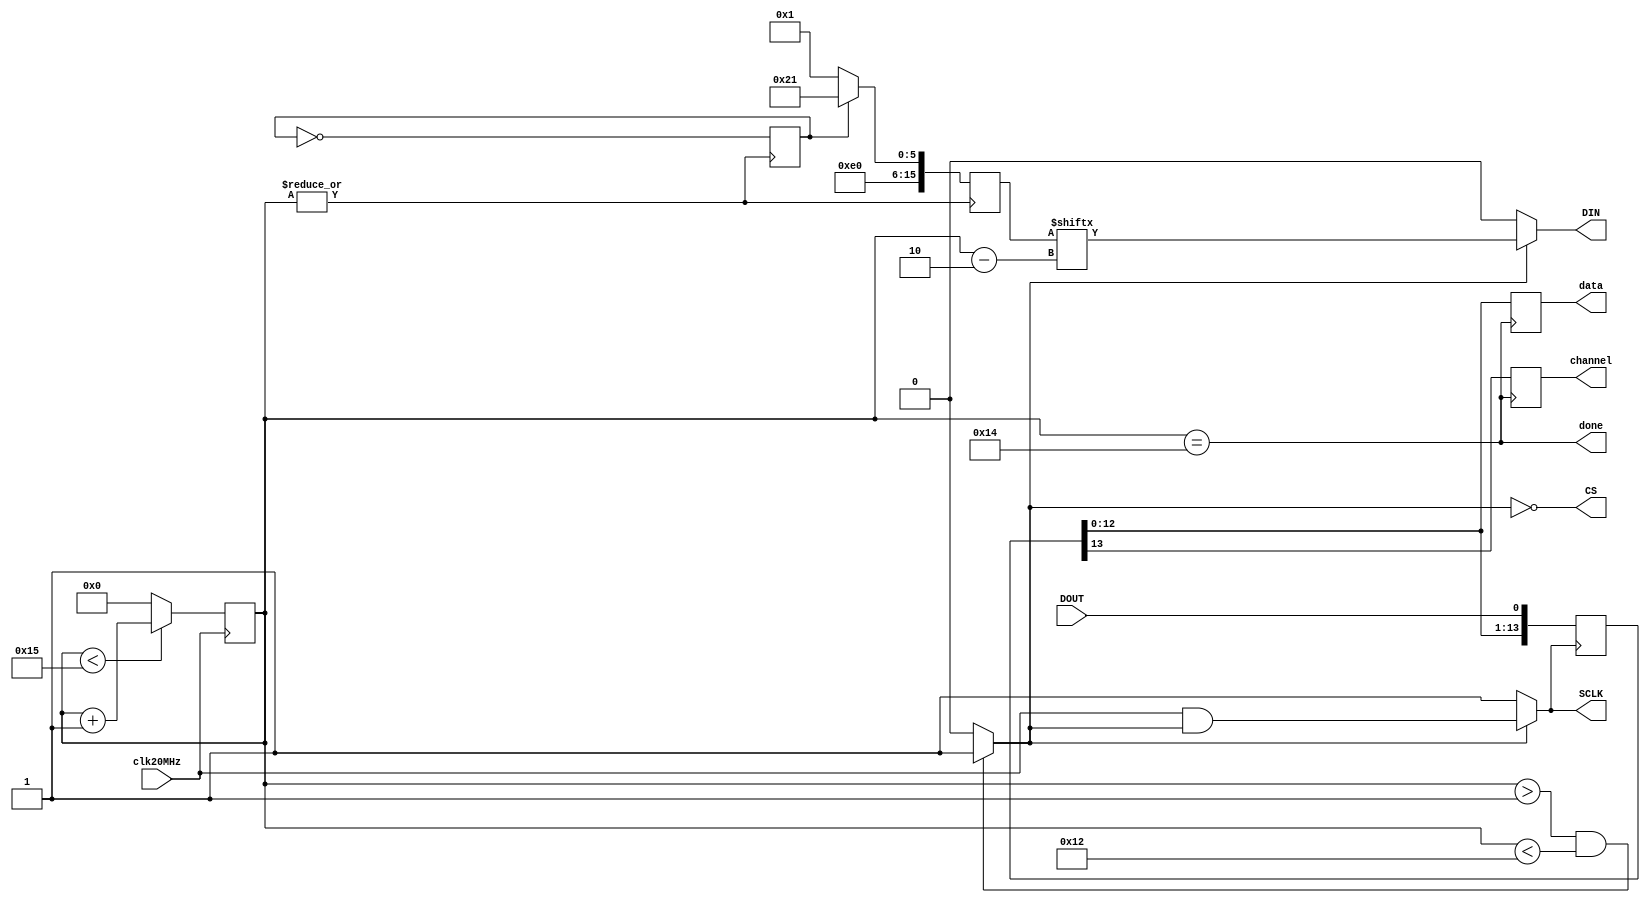
//---------------------------- ADC AD7322-------------------------------//
//    done=1 means convesion is done;												//
//    data & channel appear @posedge done											//
//    standby=0 means conversion of ch0 (voltage) & ch2  (current) 		//
//           =1 means conversion of ch1 (phase_adj) & ch3 (power_adj)	//
//    data = ch0 when channel= 2'b00 												//
//    data = ch1 when channel= 2'b01     											//    
//    data = ch2 when channel= 2'b10												//
//    data = ch3 when channel= 2'b11 												//
//    ch0 & ch1 data update at negedge of clk325kHz=channel[1]   			//
//    ch2 & ch3 data update at posedge of clk325kHz=channel[1]    		//

module AD7322(data, channel, done, CS ,SCLK ,DIN ,DOUT,clk20MHz);
output signed [12:0] data;
output channel;
output CS,SCLK,DIN,done;
input	 DOUT, clk20MHz;

//  count = 0, 1, 2,..., 19, 20, 0, 1, 2,...
//  Throughput rate = 20MHz/21 = 952.4 kHz
reg [4:0] count=5'd0; 
always @(posedge clk20MHz)
  begin
    if (count<21)
	    count <= count+1'b1;
	 else
	    count <= 1'b0;
  end

wire SCLK, dataReady, CS;
// dataReady= high when count = 2, 3, 4,..., 16, 17
assign dataReady=((count>1)&&(count<18))? 1'b1:1'b0;
// SCLK=clk20MHz (totally 16 pulses) when dataReady= high.
assign SCLK=(dataReady)?(clk20MHz & dataReady):1'b1; 
// CS= low when count = 2, 3, 4,..., 16, 17
assign CS=~dataReady;


//---------------- A Write to the Control Register in Each Cycle of Conversion --------------------//
//       Set the next channel for conversion: ch0 & ch2 when standby=0; ch1 & ch3 when standby=1   //
//       Other settings: single-ended inputs, normal power mode without power saving, 					//
//                       2's complement coding, internal reference, no sequencer operation. 			// 
//       Note: Default input range of +-10V, no setting of the range register is required.         //
//             -10V to 10V = -2048 to 2047 (totally 12 bits, in 2's complement coding)             //
wire start;
assign start=~|count; 	// start=1 when count=0 at the beginning of each 649kHz cycle
reg cnt;
always @(posedge start) begin
    cnt <= ~cnt;
end
reg [15:0]	configADC; 	
always @(negedge start) begin
// Flip {5'b10000,standby,10'b0000011100} from left to right;
// 16'b1000010000011100 ch1 (phase_set) when standby=1;16'b1000000000011100 ch0 (voltage) when standby=0;
// Flip {5'b10001,standby,10'b0000011100} from left to right;
// 16'b1000110000011100 ch3 (power_set) when standby=1;16'b1000100000011100 ch2 (current) when standby=0; 
	   configADC <= cnt? {10'b0011100000,1'b1,5'b00001}: {10'b0011100000,1'b0,5'b00001};
end
wire DIN;
assign DIN= dataReady? configADC[count-2'd2]:0;  //dataReady= high when count = 2, 3, 4,..., 16, 17 

 
//-------------------- Read in Data ------------------------//
// DOUT=[zerobit ch_id1 ch_id0 sign D11 D10 .... D2 D1 D0]		
 reg 	[15:0] shiftData;
 always @(negedge SCLK)
   begin
			shiftData <= {shiftData[14:0],DOUT};
	end

reg state1=0;
//reg state2=0;
wire ch0_e=state1;//done;//^shiftData[14];
wire ch2_e=~state1;

// done=1 when count=20, indicating that the data conversion is complete.
wire done;
assign done = (count==20);
reg signed	[12:0] data=13'b0;
reg channel;
always @(posedge done)
   begin  
      channel <= shiftData[13];   //shiftData[14]=0 for 2-channel ADC AD7322
	   data    <= shiftData[12:0];	
	end
endmodule